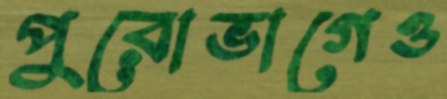
পুরোভাগেও